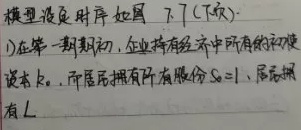
模型设定时序如图7.7(下页)。
1) 在第一期期初，企业持有经济中所有的初始资本$k_{t}$，而居民拥有所有股份$S_{0}=1$，居民拥有$L$